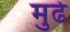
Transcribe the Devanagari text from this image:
मुर्ढे